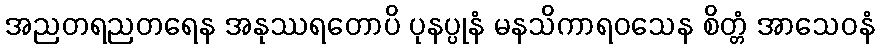
အညတရညတရေန အနုဿရတောပိ ပုနပ္ပုနံ မနသိကာရဝသေန စိတ္တံ အာသေဝနံ